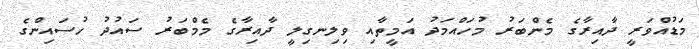
މަޑުއްވަރީ ދާއިރާގެ މެންބަރު މުހައްމަދު އަމީތާއި ވިލިނގިލީ ދާއިރާގެ މެމްބަރު ސައުދު ހުސައިންގެ